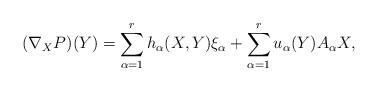
LaTeX: \begin{align*}(\nabla_{X}P)(Y)=\sum_{\alpha=1}^{r}h_{\alpha}(X, Y)\xi _{\alpha}+\sum_{\alpha=1}^{r}u_{\alpha}(Y)A_{\alpha}X,\end{align*}